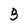
Character: B